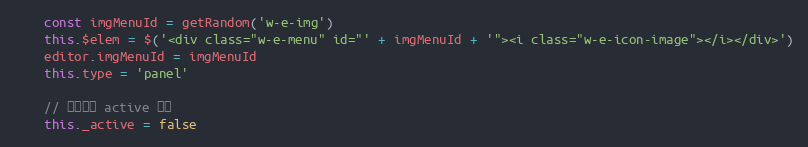
Language: JavaScript
    const imgMenuId = getRandom('w-e-img')
    this.$elem = $('<div class="w-e-menu" id="' + imgMenuId + '"><i class="w-e-icon-image"></i></div>')
    editor.imgMenuId = imgMenuId
    this.type = 'panel'

    // 当前是否 active 状态
    this._active = false